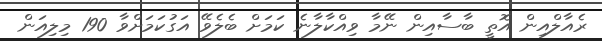
ރެއާލްއިން އޮތީ ބާސާއިން ނޭމާ ވިއްކާލާނެ ކަމަށް ބެލެވޭ އަގުކަމަށްވާ 190 މިލިއަން